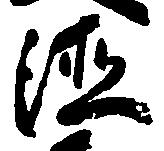
徳